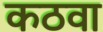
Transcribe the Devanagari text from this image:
कठवा